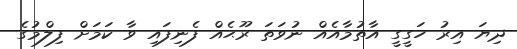
ދިޔަ އިރު ހަގީގީ އާތުމާއެއް ނުވަތަ ރޫޙެއް ފެނިފައި ވާ ކަމަށް ފިލްމުގެ